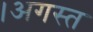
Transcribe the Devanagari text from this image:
।अगस्त